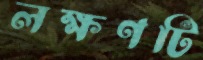
লক্ষণটি